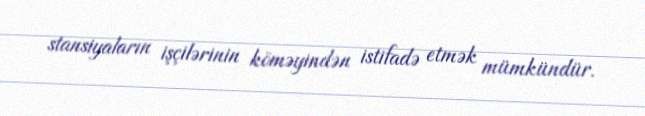
stansiyaların işçilərinin köməyindən istifadə etmək mümkündür.